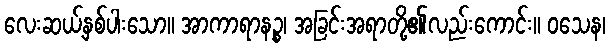
လေးဆယ့်နှစ်ပါးသော။ အာကာရာနဉ္စ၊ အခြင်းအရာတို့၏လည်းကောင်း။ ဝသေန၊